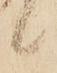
候